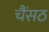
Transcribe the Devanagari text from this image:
चैंसठ